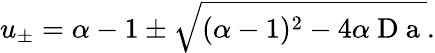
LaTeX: u_{\pm}=\alpha-1\pm\sqrt{(\alpha-1)^{2}-4\alpha\mathrm{~D~a~}}.